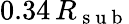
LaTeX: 0.34\, R_{\mathrm{~s~u~b~}}